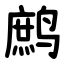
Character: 鹧